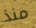
منذ